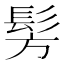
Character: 髣